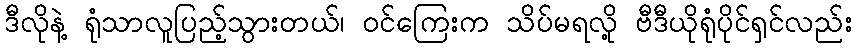
ဒီလိုနဲ့ ရုံသာလူပြည့်သွားတယ်၊ ဝင်ကြေးက သိပ်မရလို့ ဗီဒီယိုရုံပိုင်ရှင်လည်း